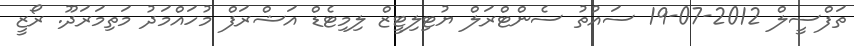
ތަފްސީލް 2012-07-19 ސައުތު ސެންޓްރަލް ޔުޓިލިޓީޒް ލިމިޓެޑް އަޝްރަފް މުހައްމަދު މަތިމަރަދޫ. ރޯޒީ